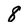
Character: 8